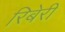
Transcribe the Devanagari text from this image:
रिबेरी